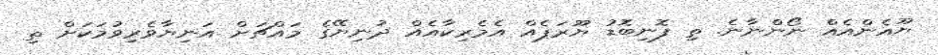
ޔޫއެންއެއް ނޯންނާނެ. ތި ފޮނިބޮޑު ޔޫރަޕެއް އެމެރިކާއެއް ދުނިޔޭގެ މައްޗަށް އަނިޔާވެރިވުމަކަށް ތި